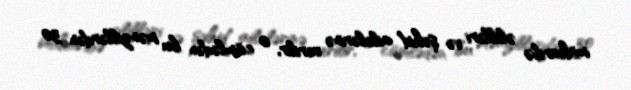
müharibə əlilləri və şəhid ailələrinə verilir, o cümlədən bu mənzillərdən 30